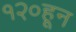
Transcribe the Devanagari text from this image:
१२०हून